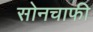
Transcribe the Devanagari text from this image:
सोनचाफी